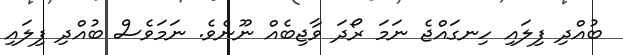
ބުއްދި ފިލައި ހިނގައްޖެ ނަމަ ރޯދަ ވާޖިބެއް ނޫނެވެ. ނަމަވެސް ބުއްދި ފިލައި